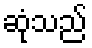
ဆုံသည်